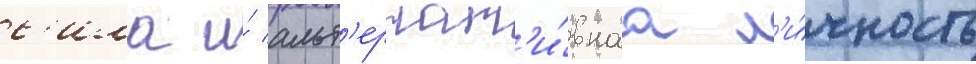
с'ила и́ альт'ернат'и́внаа л'и́чность